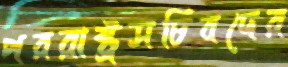
পররাষ্ট্রসচিবদের